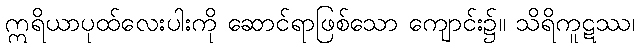
ဣရိယာပုထ်လေးပါးကို ဆောင်ရာဖြစ်သော ကျောင်း၌။ သိရိကူဋဿ၊